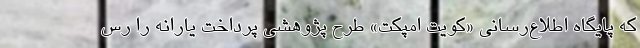
که پایگاه اطلاع‌رسانی «کویت امپکت» طرح پژوهشی پرداخت یارانه را رس